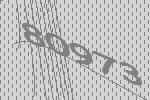
80973